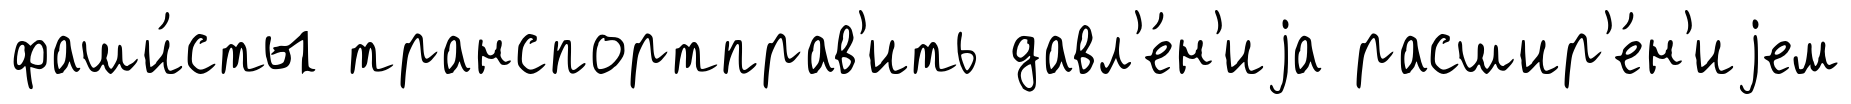
фаши́сты транспортправ'ить давл'е́н'иjа расшир'е́н'иjем